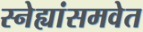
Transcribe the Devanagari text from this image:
स्नेह्यांसमवेत